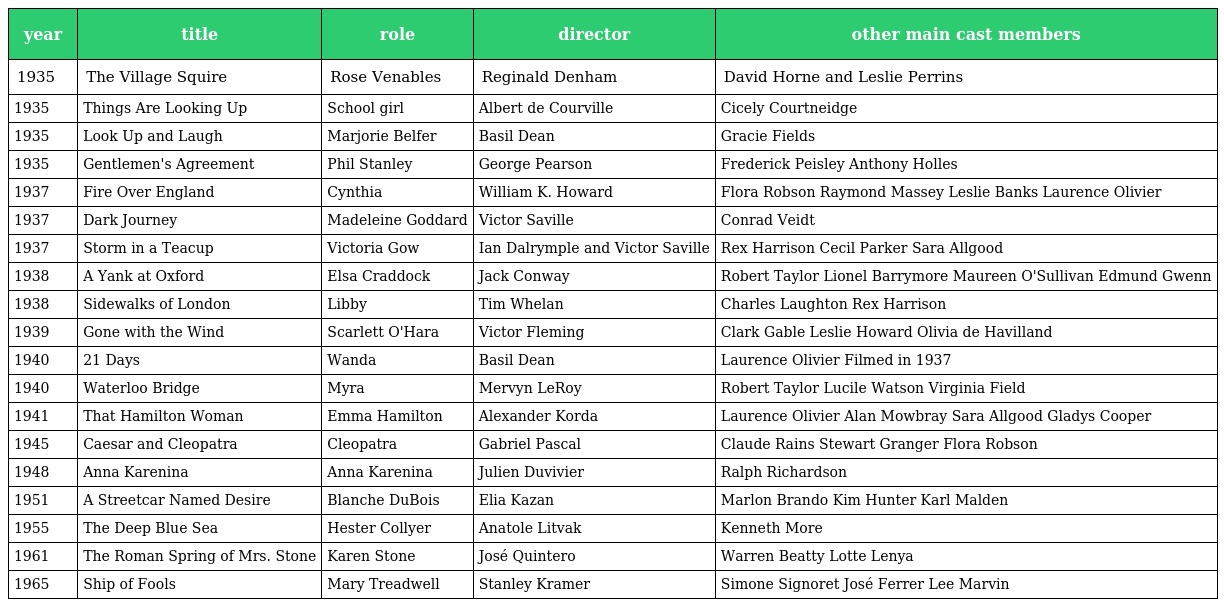
| year | title | role | director | other main cast members |
 | --- | --- | --- | --- | --- |
 | 1935 | The Village Squire | Rose Venables | Reginald Denham | David Horne and Leslie Perrins |
 | 1935 | Things Are Looking Up | School girl | Albert de Courville | Cicely Courtneidge |
 | 1935 | Look Up and Laugh | Marjorie Belfer | Basil Dean | Gracie Fields |
 | 1935 | Gentlemen's Agreement | Phil Stanley | George Pearson | Frederick Peisley Anthony Holles |
 | 1937 | Fire Over England | Cynthia | William K. Howard | Flora Robson Raymond Massey Leslie Banks Laurence Olivier |
 | 1937 | Dark Journey | Madeleine Goddard | Victor Saville | Conrad Veidt |
 | 1937 | Storm in a Teacup | Victoria Gow | Ian Dalrymple and Victor Saville | Rex Harrison Cecil Parker Sara Allgood |
 | 1938 | A Yank at Oxford | Elsa Craddock | Jack Conway | Robert Taylor Lionel Barrymore Maureen O'Sullivan Edmund Gwenn |
 | 1938 | Sidewalks of London | Libby | Tim Whelan | Charles Laughton Rex Harrison |
 | 1939 | Gone with the Wind | Scarlett O'Hara | Victor Fleming | Clark Gable Leslie Howard Olivia de Havilland |
 | 1940 | 21 Days | Wanda | Basil Dean | Laurence Olivier Filmed in 1937 |
 | 1940 | Waterloo Bridge | Myra | Mervyn LeRoy | Robert Taylor Lucile Watson Virginia Field |
 | 1941 | That Hamilton Woman | Emma Hamilton | Alexander Korda | Laurence Olivier Alan Mowbray Sara Allgood Gladys Cooper |
 | 1945 | Caesar and Cleopatra | Cleopatra | Gabriel Pascal | Claude Rains Stewart Granger Flora Robson |
 | 1948 | Anna Karenina | Anna Karenina | Julien Duvivier | Ralph Richardson |
 | 1951 | A Streetcar Named Desire | Blanche DuBois | Elia Kazan | Marlon Brando Kim Hunter Karl Malden |
 | 1955 | The Deep Blue Sea | Hester Collyer | Anatole Litvak | Kenneth More |
 | 1961 | The Roman Spring of Mrs. Stone | Karen Stone | José Quintero | Warren Beatty Lotte Lenya |
 | 1965 | Ship of Fools | Mary Treadwell | Stanley Kramer | Simone Signoret José Ferrer Lee Marvin |